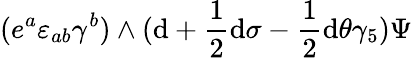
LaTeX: (e^{a}\varepsilon_{ab}\gamma^{b})\wedge(\mathrm{d}+{\frac{{1}}{{2}}}\mathrm{d}\sigma-{\frac{{1}}{{2}}}\mathrm{d}\theta\gamma_{5})\Psi